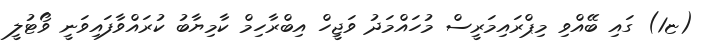
(ޏ1) ގައި ބޭއްވި މިޕްރައިމަރީސް މުހައްމަދު ވަޖީހް އިބްރާހިމް ކާމިޔާބު ކުރައްވާފައިވަނީ ވޯޓުލީ